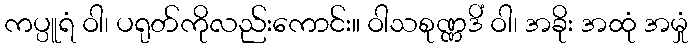
ကပ္ပူရံ ဝါ၊ ပရုတ်ကိုလည်းကောင်း။ ဝါသစုဏ္ဏဒိံ ဝါ၊ အခိုး အထုံ အမှုံ